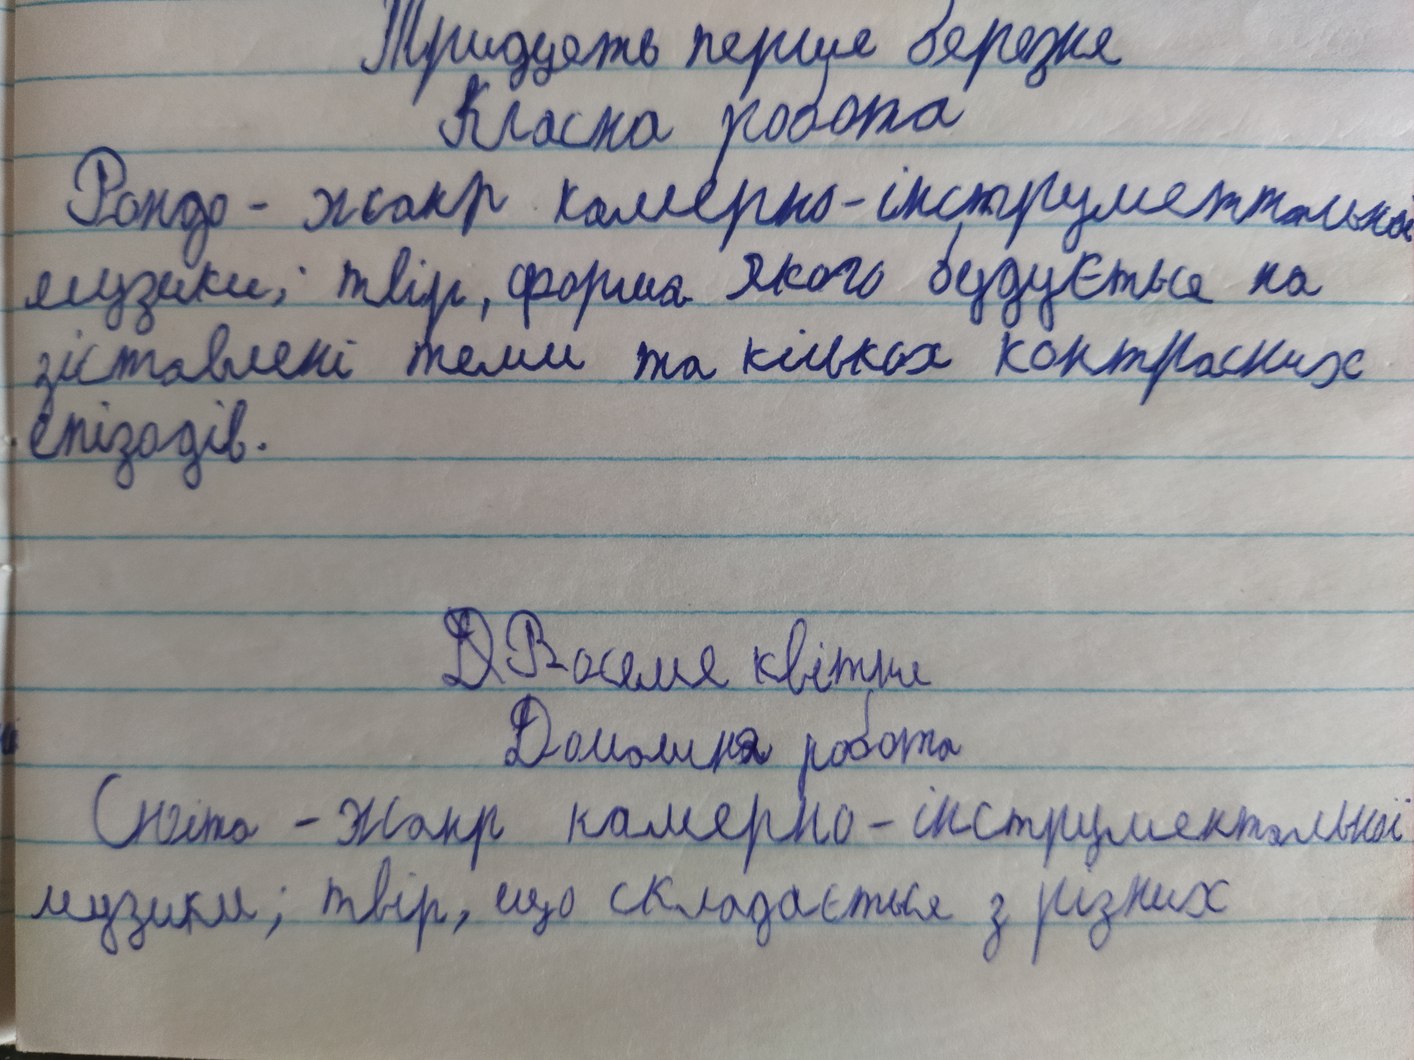
Тридцять перше березня
Класна робота
Рондо - жанр камерно-інструментальної
музики; твір, форма якого будується на
зіставлені теми та кількох контрастних
епізодів.
~~Д~~Восьме квітня
Домашня робота
Сюїта - жанр камерно-інструментальної
музики; твір, що складається з різних